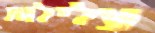
עלילות